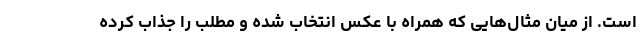
است. از میان مثال‌هایی که همراه با عکس انتخاب شده و مطلب را جذاب کرده